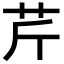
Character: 芹